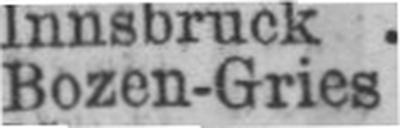
Bozen-Gries